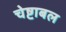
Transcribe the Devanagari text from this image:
चेष्टाबल